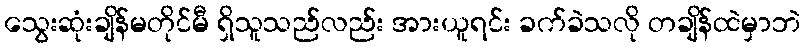
သွေးဆုံးချိန်မတိုင်မီ ရှိသူသည်လည်း အားယူရင်း ခက်ခဲသလို တချိန်ထဲမှာဘဲ